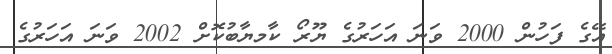
އޭގެ ފަހުން 2000 ވަނަ އަހަރުގެ ޔޫރޯ ކާމޔާބުކޮށް 2002 ވަނަ އަހަރުގެ